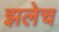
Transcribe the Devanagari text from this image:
झलेच